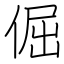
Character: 倔